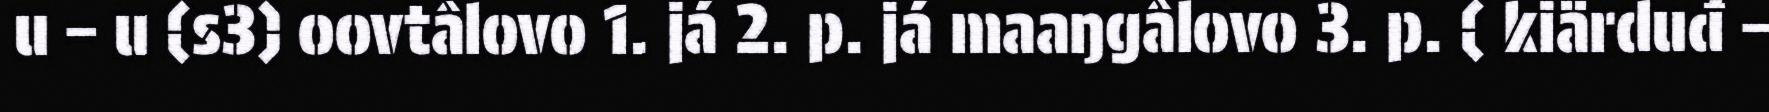
u – u (s3) oovtâlovo 1. já 2. p. já maaŋgâlovo 3. p. ( kiärduđ –